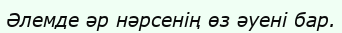
Әлемде әр нәрсенің өз әуені бар.